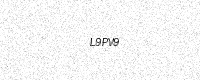
Text: L9PV9